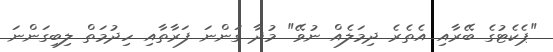
"ޕެކެޓުގެ ބޭރާއި އެތެރެ ދިމަލެއް ނުވޭ" މުދާ ގަންނަ ފަރާތާއި ހިދުމަތް ލިބިގަންނަ